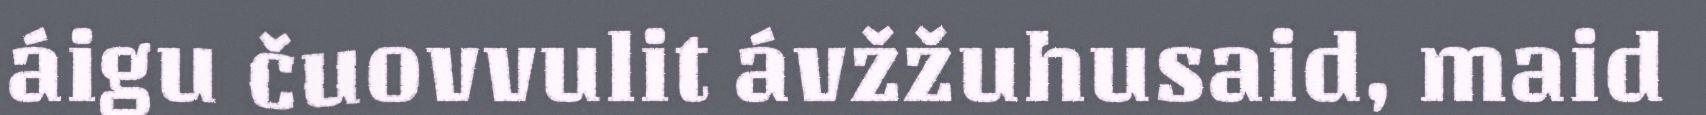
áigu čuovvulit ávžžuhusaid, maid